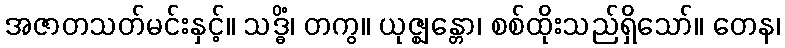
အဇာတသတ်မင်းနှင့်။ သဒ္ဓိံ၊ တကွ။ ယုဇ္ဈန္တော၊ စစ်ထိုးသည်ရှိသော်။ တေန၊